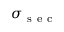
\sigma _ { \mathrm { ~ s ~ e ~ c ~ } }